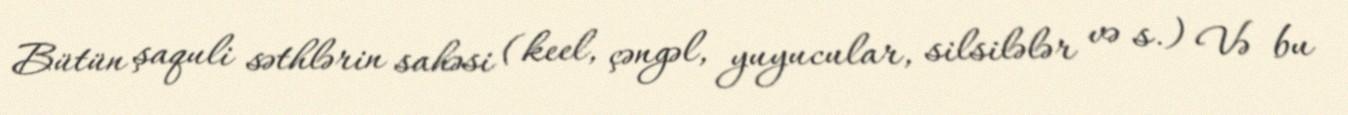
Bütün şaquli səthlərin sahəsi (keel, çəngəl, yuyucular, silsilələr və s.) Və bu